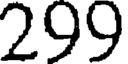
299